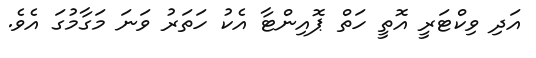
އަދި ވިކްޓަރީ އޮތީ ހަތް ޕޮއިންޓާ އެކު ހަތަރު ވަނަ މަގާމުގަ އެވެ.